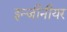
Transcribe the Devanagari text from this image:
इन्जीनीयर